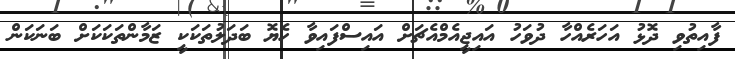
ފާއިތުވި ދޮޅު އަހަރެއްހާ ދުވަހު އައިޖީއެމްއެޗަށް އައިސްފައިވާ ހެޔޮ ބަދަލުތަކަކީ ޒަމާންތަކަކަށް ބަނަކަން